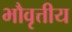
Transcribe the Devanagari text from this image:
भौवृत्तीय